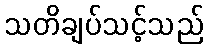
သတိချပ်သင့်သည်